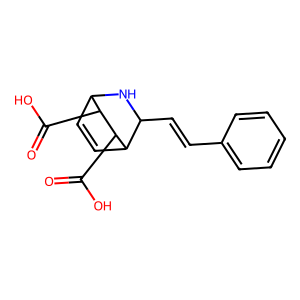
SMILES: O=C(O)C1C2C=CC(C(C=Cc3ccccc3)N2)C1C(=O)O
Inhibits HIV replication: No